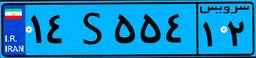
۱۴S۵۵۴۱۲